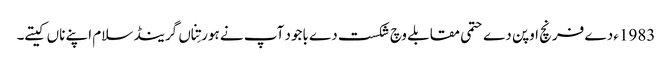
1983ء دے فرنچ اوپن دے حتمی مقابلے وچ شکست دے باجود آپ نے ہور تِناں گرینڈ سلام اپنے ناں کیتے۔